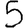
Digit: 5